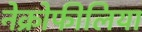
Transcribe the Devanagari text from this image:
नेक्रोफीलिया